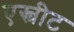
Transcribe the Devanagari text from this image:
एस्चीट